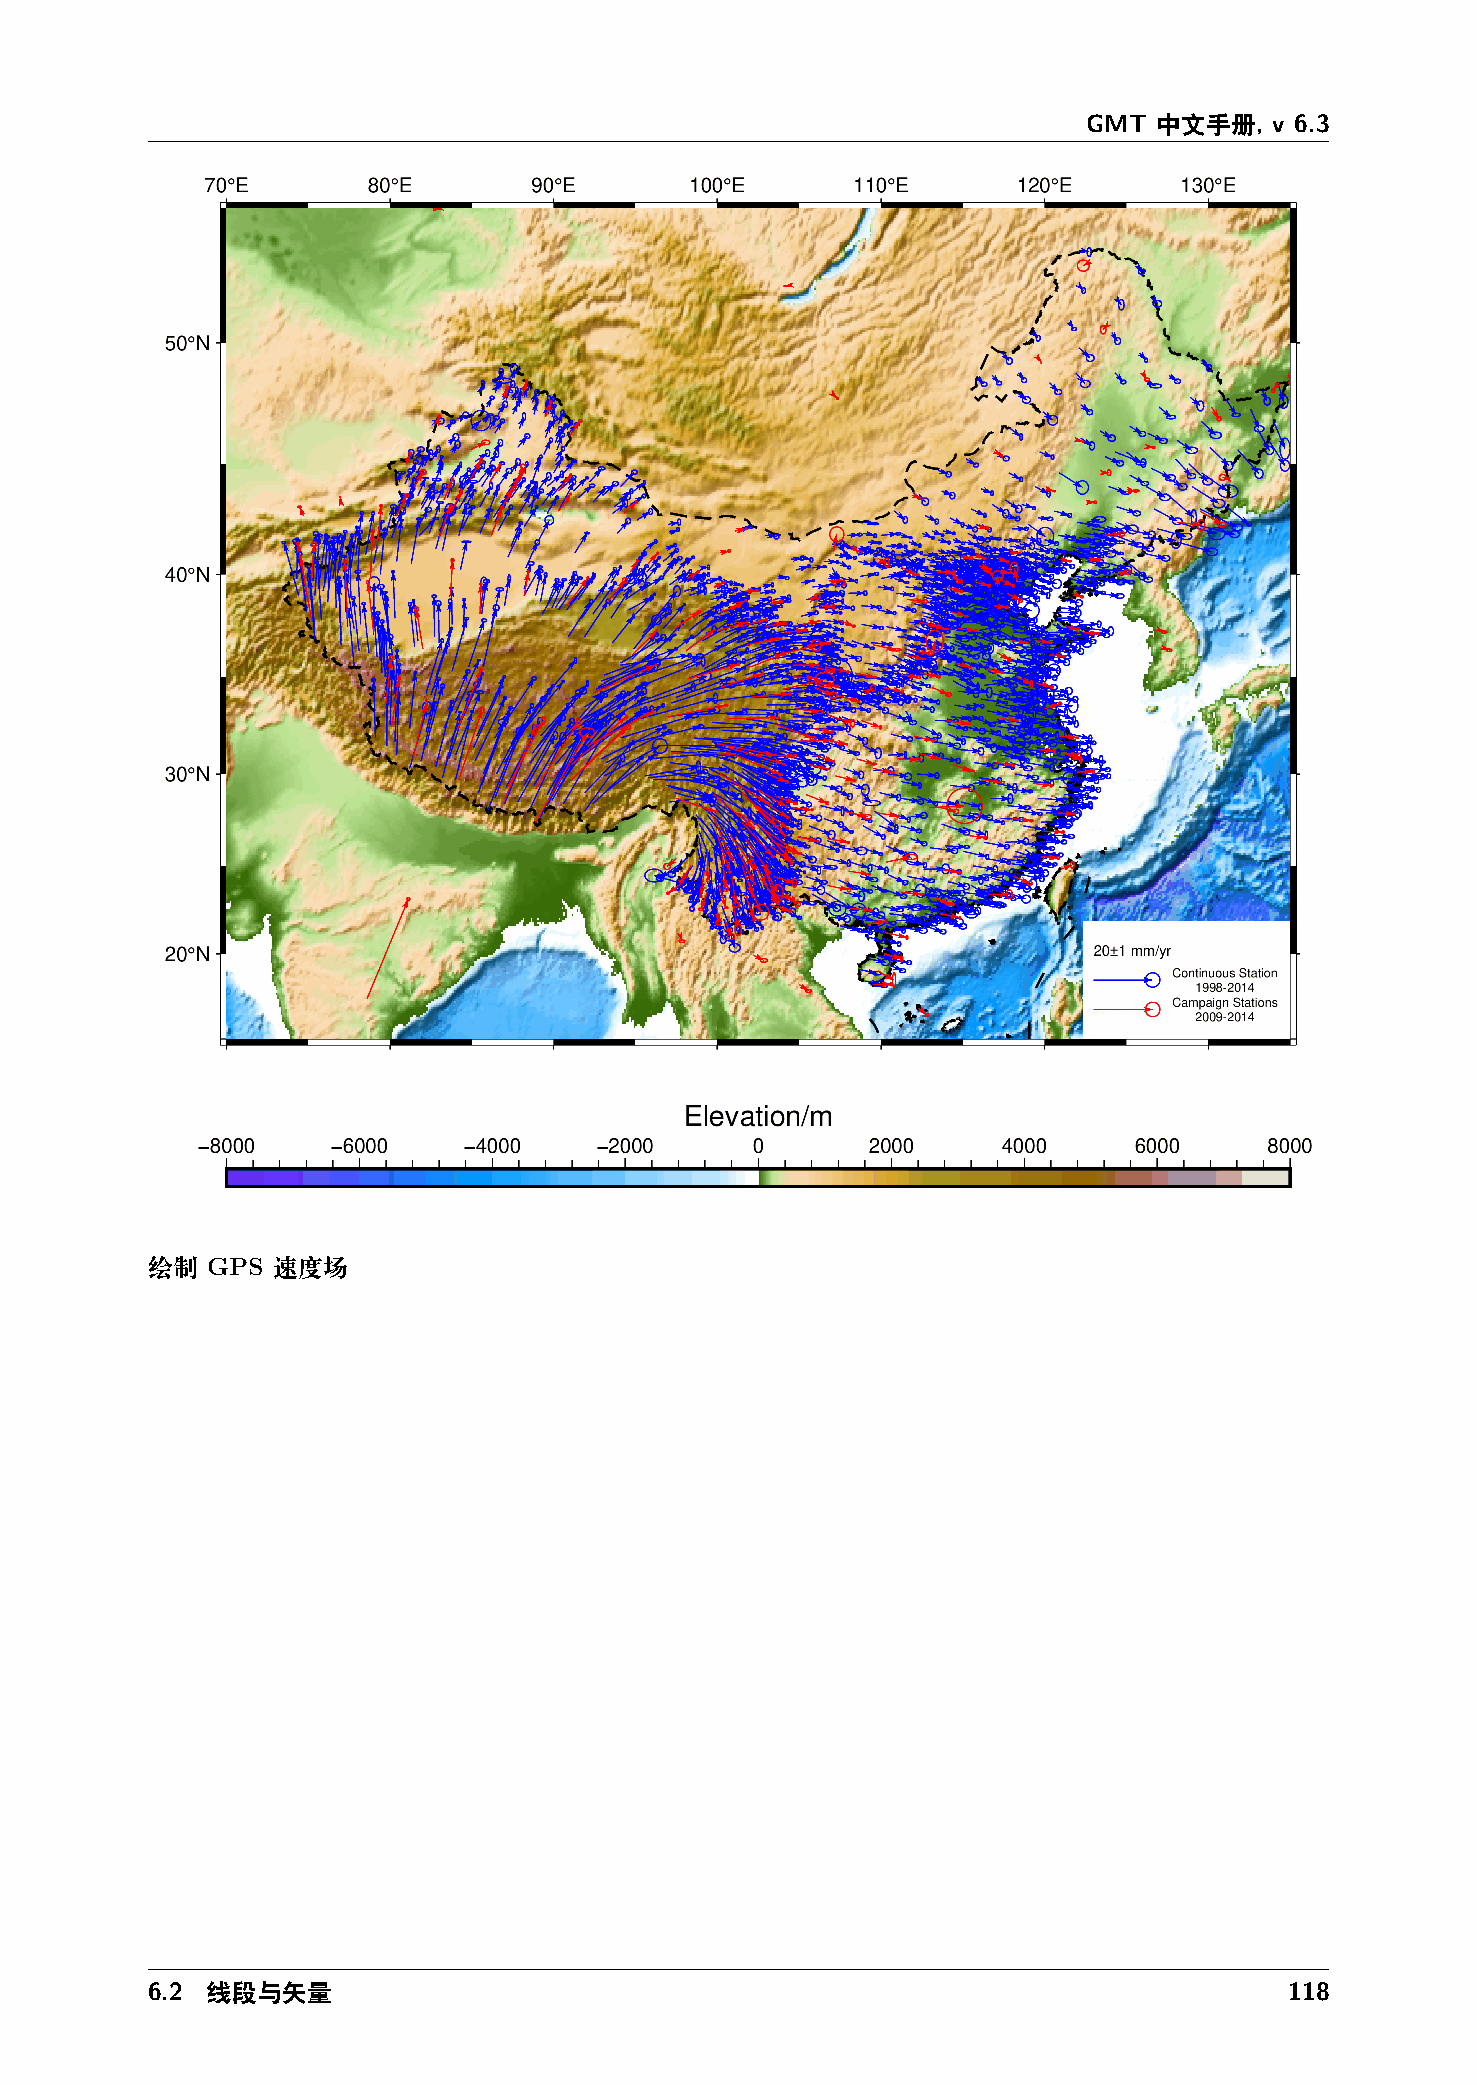
GMT  中文手册,  v 6.3
 绘制  GPS 速度场
 6.2 线段与矢量                                                                  118